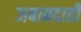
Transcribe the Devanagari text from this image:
जबाबदाही